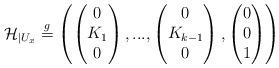
LaTeX: \begin{align*}\mathcal{H}_{|U_x} \stackrel{g}{=} \left(\begin{pmatrix} 0 \\ K_1\\ 0 \end{pmatrix},...,\begin{pmatrix} 0 \\ K_{k-1}\\ 0 \end{pmatrix}, \begin{pmatrix} 0 \\ 0\\ 1 \end{pmatrix}\right)\end{align*}